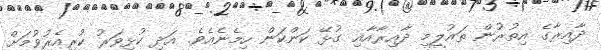
ދާއިރާގެ އިތުރުން ތައުލީމީ ދާއިރާއާއި ގުޅޭ ކަންކަން ހިމެނެއެވެ. އަދި ކުޅިވަރު ކުރިއެެރުވުމަށް